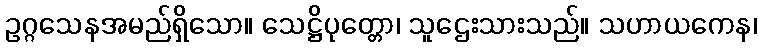
ဥဂ္ဂသေနအမည်ရှိသော။ သေဋ္ဌိပုတ္တော၊ သူဌေးသားသည်။ သဟာယကေန၊